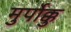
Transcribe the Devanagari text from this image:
मुर्पोक्कु